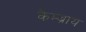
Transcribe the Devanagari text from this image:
कैम्ब्राय